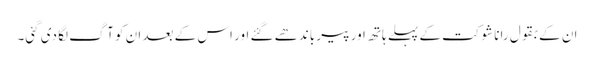
ان کے بقول رانا شوکت کے پہلے ہاتھ اور پیر باندھے گئے اور اس کے بعد ان کو آگ لگا دی گئی۔